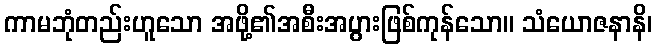
ကာမဘုံတည်းဟူသော အဖို့၏အစီးအပွားဖြစ်ကုန်သော။ သံယောဇနာနိ၊